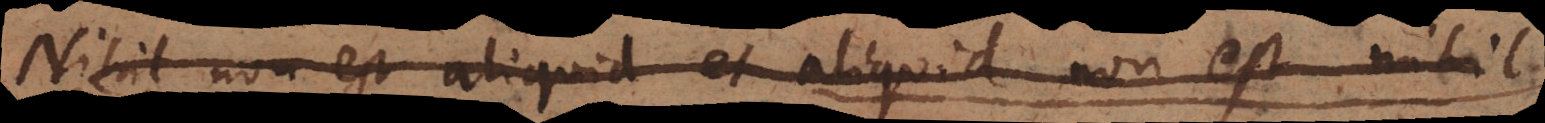
Nihil non est aliquid et aliquid non est nihil